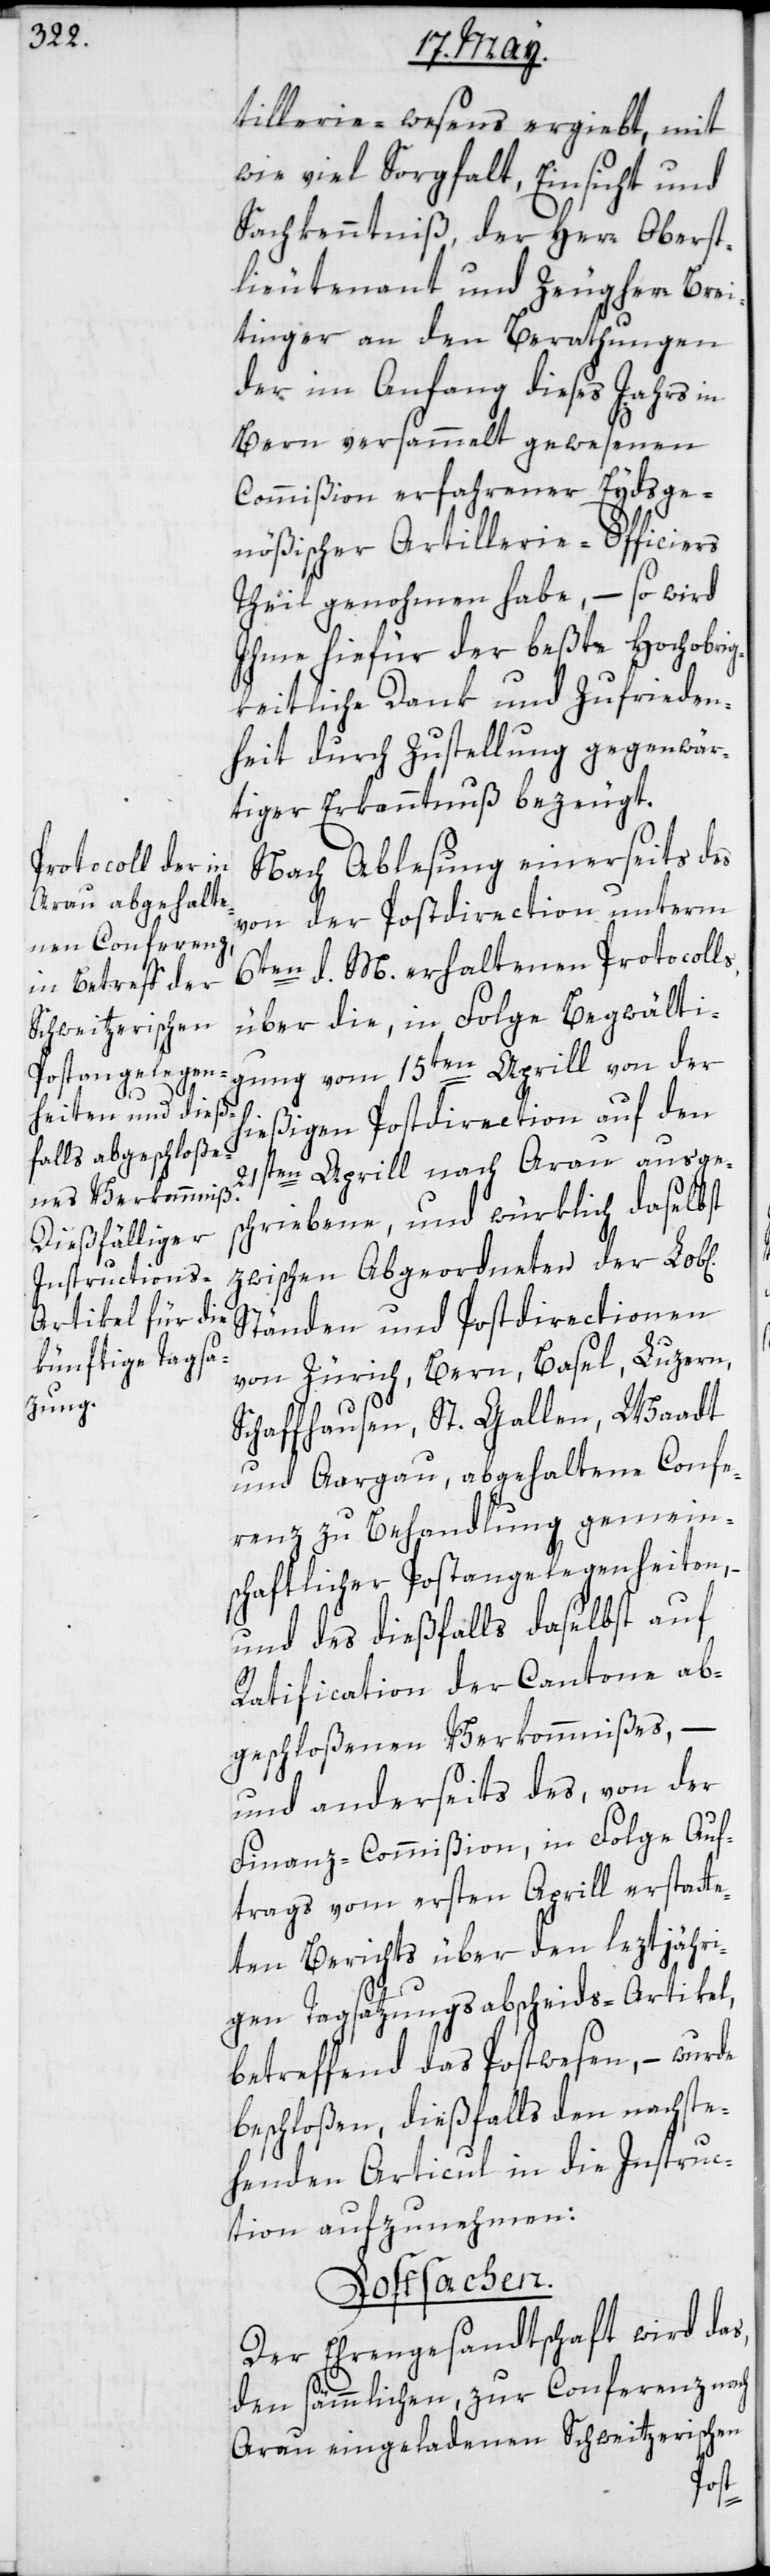
s,
ichen]

tillerie-Wesens ergiebt, mit
wie viel Sorgfalt, Einsicht und
Sachkenntniß, der Herr Oberst¬
lieutenant und Zeugherr Brei¬
tinger an den Berathungen
der im Anfang dieses Jahrs in
Bern versammelt gewesenen
Commißion erfahrener Eydsge¬
nößischer Artillerie-Officiers
Theil genohmen habe, – so wird
Ihme hiefür der beßte hochobrig¬
keitliche Dank und Zufrieden¬
heit durch Zustellung gegenwär¬
tiger Erkanntnuß bezeugt.
Nach Ablesung einerseits des
von der Postdirection unterm
6ten d. M. erthaltenen Protocoll¬
über die, in Folge Begwälti¬
gung vom 15ten Aprill von der
hießigen Postdirection auf den
21sten Aprill nach Arau ausge¬
schriebene, und würklich daselbst
zwischen Abgeordneten der Lob[l¬
Ständen und Postdirectionen
von Zürich, Bern, Basel, Luzern,
Schaffhausen, St. Gallen, Waadt
und Aargau, abgehaltene Confe¬
renz zu Behandlung gemein¬
schaftlicher Postangelegenheiten,
und des dießfalls daselbst auf
Ratification der Cantone ab¬
geschloßenen Verkommnißes, –
und anderseits des, von der
Finanz-Commißion, in Folge Auf¬
trags vom ersten Aprill erstatte¬
ten Berichts über den leztjähri¬
gen Tagsatzungsabscheids-Artikel,
betreffend das Postwesen, – wurde
beschloßen, dießfalls den nachste¬
henden Articul in die Instruc¬
tion aufzunehmen:
Postsachen.
Der Ehrengesandtschaft wird das,
den sämmlichen, zur Conferenz nach
Arau eingeladenen Schweitzerischen